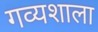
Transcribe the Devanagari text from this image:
गव्यशाला